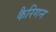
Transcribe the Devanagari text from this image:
कैरिगन